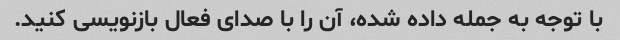
با توجه به جمله داده شده، آن را با صدای فعال بازنویسی کنید.